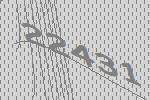
22431